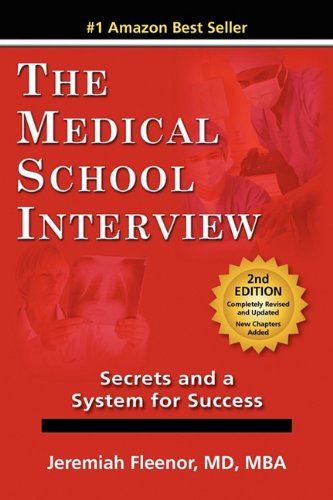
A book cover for The Medical School Interview: Secrets and a System for Success; Jeremiah Fleenor; Education & Teaching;